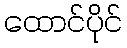
ထောင်ပိုင်